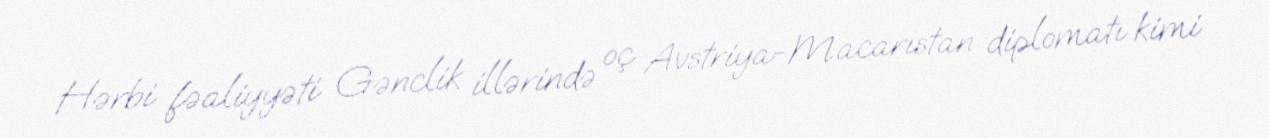
Hərbi fəaliyyəti Gənclik illərində oç Avstriya-Macarıstan diplomatı kimi